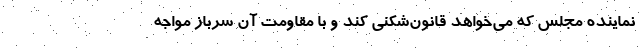
نماینده مجلس که می‌خواهد قانون‌شکنی کند و با مقاومت آن سرباز مواجه